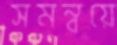
সমন্বয়ে